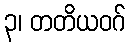
၃၊ တတိယဝဂ်